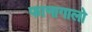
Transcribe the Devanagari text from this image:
फानागालो